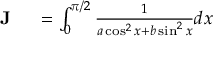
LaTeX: \begin{array} { r l } { { \textbf { J } } } & { { } = \int _ { 0 } ^ { \pi / 2 } { \frac { 1 } { a \cos ^ { 2 } x + b \sin ^ { 2 } x } } d x } \end{array}